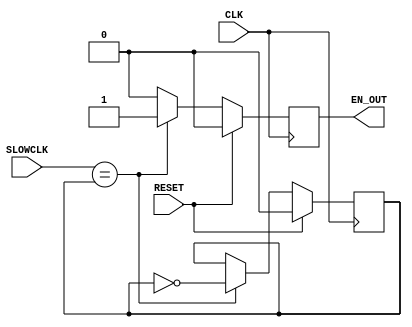
module slower(
input CLK,
input SLOWCLK,
input RESET,
output EN_OUT
    );
	reg internal_rst;
	reg cur;

	always @(posedge CLK)
	begin
		if (RESET == 1'b1)
		begin
			cur <= 1'b0;
			internal_rst <= 1'b0;
		end
		else
		begin
			if (SLOWCLK == cur) 
			begin
				cur <= ~cur;
				internal_rst <= 1'b1;
			end
			else if (internal_rst == 1'b1)
			begin
				internal_rst <= 1'b0;
			end
		end
	end

	assign EN_OUT = internal_rst;

endmodule